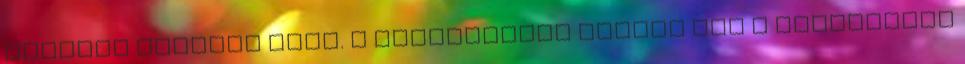
szintén kezelni kell. A böngészőben tiltva van a javascript